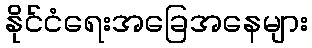
နိုင်ငံရေးအခြေအနေများ